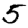
Digit: 5